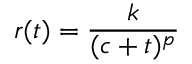
r ( t ) = \frac { k } { ( c + t ) ^ { p } }